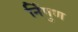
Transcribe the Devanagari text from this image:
र्निगुण